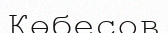
Көбесов